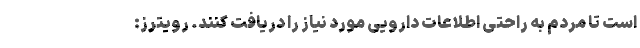
است تا مردم به راحتی اطلاعات دارویی مورد نیاز را دریافت کنند. رویترز: